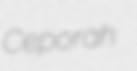
Ceporah